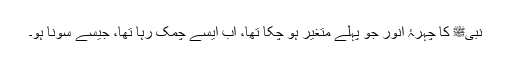
نبیﷺ کا چہرۂ انور جو پہلے متغیر ہو چکا تھا، اب ایسے چمک رہا تھا، جیسے سونا ہو۔